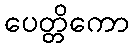
ပေတ္တိကော